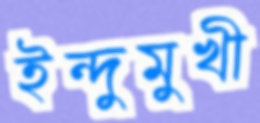
ইন্দুমুখী